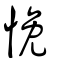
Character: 悗